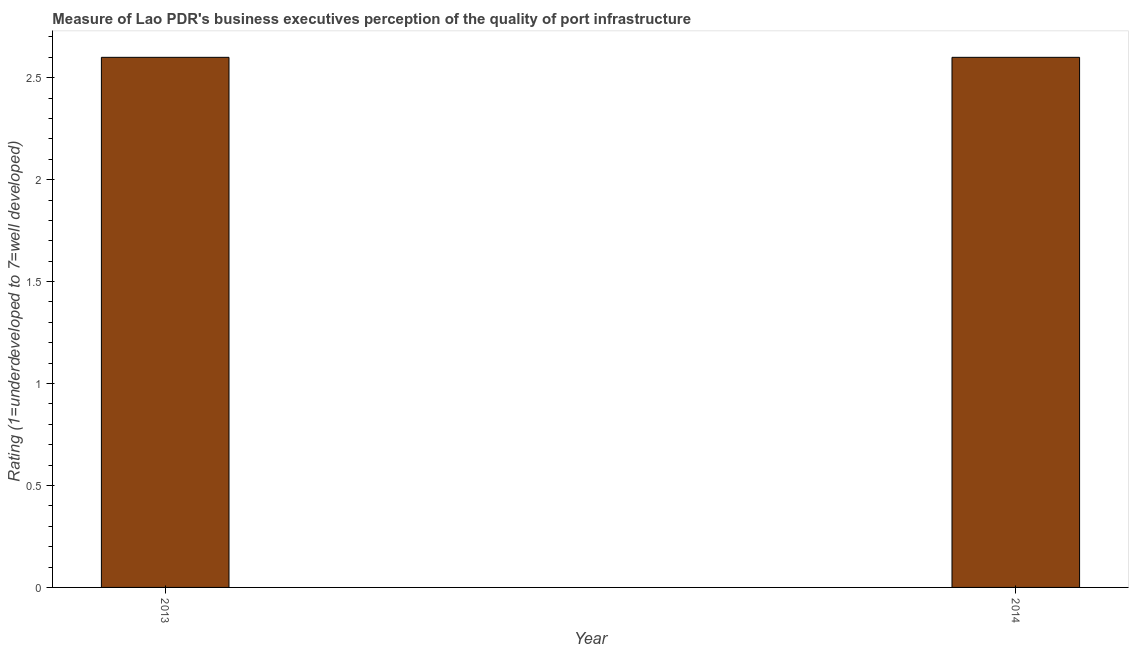
| Year | Quality of port infrastructure |
 | --- | --- |
 | 2013 | 2.6 |
 | 2014 | 2.6 |